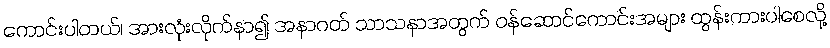
ကောင်းပါတယ်၊ အားလုံးလိုက်နာ၍ အနာဂတ် သာသနာအတွက် ဝန်ဆောင်ကောင်းအများ ထွန်းကားပါစေလို့